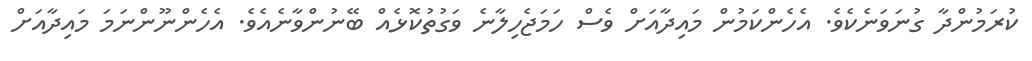
ކުރަމުންދާ ގުނަވަނެކެވެ. އެހެންކަމުން މައިދާއަށް ވެސް ހަމަޖެހިލާނެ ވަގުތުކޮޅެއް ބޭނުންވާނެއެވެ. އެހެންނޫންނަމަ މައިދާއަށް